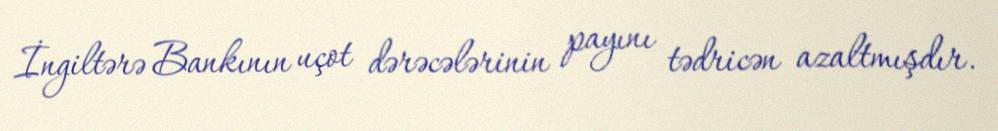
İngiltərə Bankının uçot dərəcələrinin payını tədricən azaltmışdır.